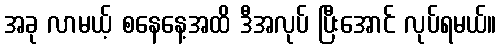
အခု လာမယ့် စနေနေ့အထိ ဒီအလုပ် ပြီးအောင် လုပ်ရမယ်။